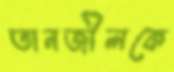
তানজীলকে